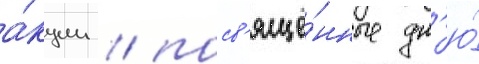
а́кции / посв'ящё́нные дн'ю́